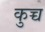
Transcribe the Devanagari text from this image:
कुच्च